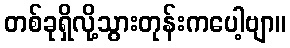
တစ်ခုရှိလို့သွားတုန်းကပေါ့ဗျာ။